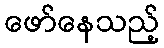
ဖော်နေသည့်